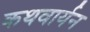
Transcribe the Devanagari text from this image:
कथवार्यन